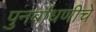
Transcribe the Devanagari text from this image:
पुनर्बाधणीचे